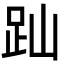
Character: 䟖